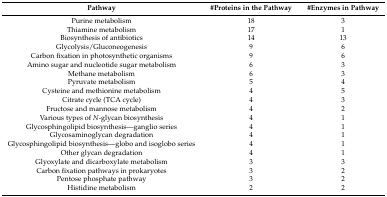
<table><thead><tr><td><b>Pathway</b></td><td><b>#Proteins in the Pathway</b></td><td><b>#Enzymes in Pathway</b></td></tr></thead><tbody><tr><td>Purine metabolism</td><td>18</td><td>3</td></tr><tr><td>Thiamine metabolism</td><td>17</td><td>1</td></tr><tr><td>Biosynthesis of antibiotics</td><td>14</td><td>13</td></tr><tr><td>Glycolysis/Gluconeogenesis</td><td>9</td><td>6</td></tr><tr><td>Carbon fixation in photosynthetic organisms</td><td>9</td><td>6</td></tr><tr><td>Amino sugar and nucleotide sugar metabolism</td><td>6</td><td>3</td></tr><tr><td>Methane metabolism</td><td>6</td><td>3</td></tr><tr><td>Pyruvate metabolism</td><td>5</td><td>4</td></tr><tr><td>Cysteine and methionine metabolism</td><td>4</td><td>5</td></tr><tr><td>Citrate cycle (TCA cycle)</td><td>4</td><td>3</td></tr><tr><td>Fructose and mannose metabolism</td><td>4</td><td>2</td></tr><tr><td>Various types of <i>N</i>-glycan biosynthesis</td><td>4</td><td>1</td></tr><tr><td>Glycosphingolipid biosynthesis—ganglio series</td><td>4</td><td>1</td></tr><tr><td>Glycosaminoglycan degradation</td><td>4</td><td>1</td></tr><tr><td>Glycosphingolipid biosynthesis—globo and isoglobo series</td><td>4</td><td>1</td></tr><tr><td>Other glycan degradation</td><td>4</td><td>1</td></tr><tr><td>Glyoxylate and dicarboxylate metabolism</td><td>3</td><td>3</td></tr><tr><td>Carbon fixation pathways in prokaryotes</td><td>3</td><td>2</td></tr><tr><td>Pentose phosphate pathway</td><td>3</td><td>2</td></tr><tr><td>Histidine metabolism</td><td>2</td><td>2</td></tr></tbody></table>